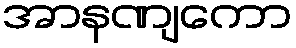
အာနဏျကော